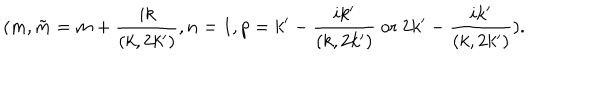
( m , \tilde { m } = m + \frac { i k } { ( k , 2 k ^ { \prime } ) } , n = 1 , p = k ^ { \prime } - \frac { i k ^ { \prime } } { ( k , 2 k ^ { \prime } ) } \mathrm { ~ o r ~ } 2 k ^ { \prime } - \frac { i k ^ { \prime } } { ( k , 2 k ^ { \prime } ) } ) .